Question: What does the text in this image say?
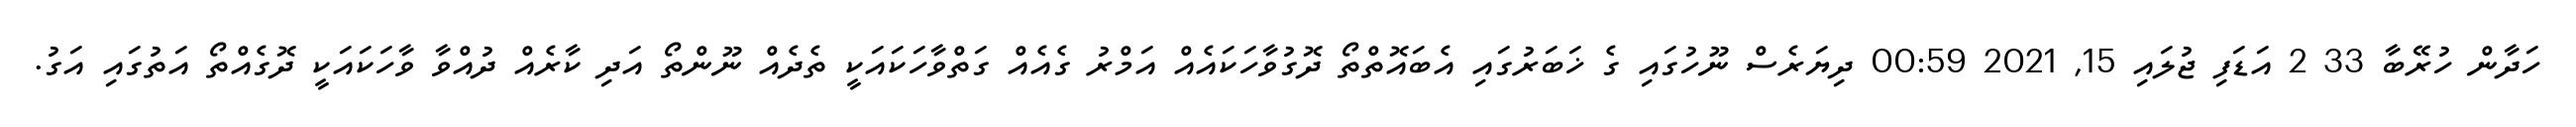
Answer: ހަދާން ހުރޭބާ 33 2 އަޑަފި ޖުލައި 15, 2021 00:59 ދިޔަރެސް ނޫހުގައި ގެ ޚަބަރުގައި އެބައޮތްތޯ ދޮގުވާހަކައެއް އަމްރު ގެއެއް ގަތްވާހަކައަކީ ތެދެއް ނޫންތޯ އަދި ކާރެއް ދުއްވާ ވާހަކައަކީ ދޮގެއްތޯ އަތުގައި އަގު.